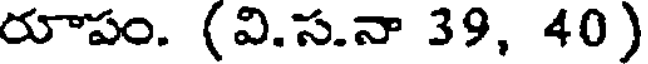
రూపం. (వి.స.నా 39, 40)